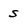
Character: s